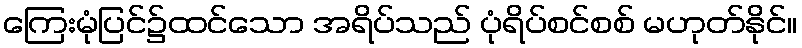
ကြေးမုံပြင်၌ထင်သော အရိပ်သည် ပုံရိပ်စင်စစ် မဟုတ်နိုင်။